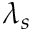
\lambda _ { s }